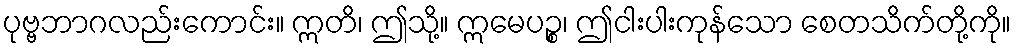
ပုဗ္ဗဘာဂလည်းကောင်း။ ဣတိ၊ ဤသို့။ ဣမေပဉ္စ၊ ဤငါးပါးကုန်သော စေတသိက်တို့ကို။